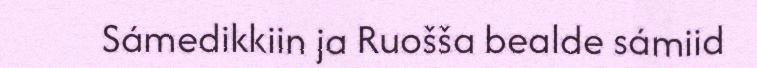
Sámedikkiin ja Ruošša bealde sámiid